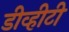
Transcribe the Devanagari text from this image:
डीव्हीटी